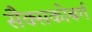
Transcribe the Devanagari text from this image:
सैक्सकोबर्ग